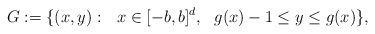
\begin{align*}G:=\{ (x, y):\ \ x\in [-b,b]^{d},\ \ g(x)-1\leq y\leq g(x)\},\end{align*}